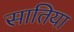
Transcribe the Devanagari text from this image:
सातिया